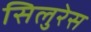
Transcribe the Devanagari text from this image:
सिलुरेस